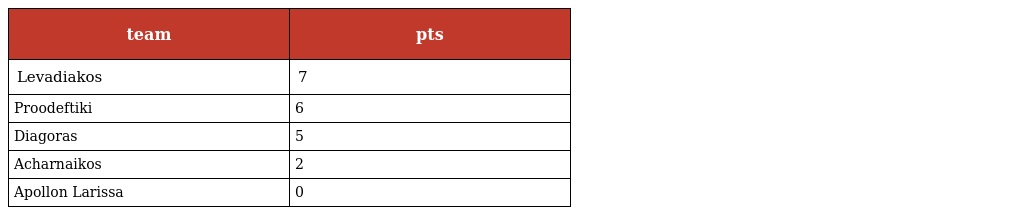
| team | pts |
 | --- | --- |
 | Levadiakos | 7 |
 | Proodeftiki | 6 |
 | Diagoras | 5 |
 | Acharnaikos | 2 |
 | Apollon Larissa | 0 |